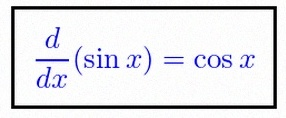
\frac{d}{dx}(\sin x)=\cos x